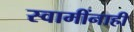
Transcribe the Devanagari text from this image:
स्वामींनाही